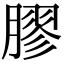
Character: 膠